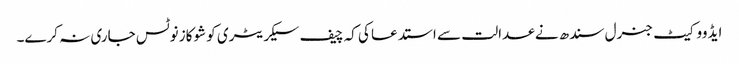
ایڈووکیٹ جنرل سندھ نے عدالت سے استدعا کی کہ چیف سیکریٹری کو شوکاز نوٹس جاری نہ کرے۔